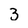
Character: 3